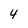
Character: 4